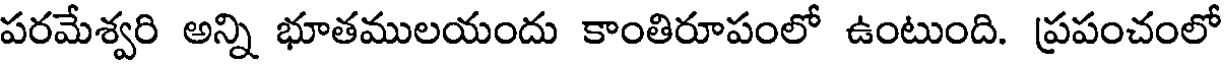
పరమేశ్వరి అన్ని భూతములయందు కాంతిరూపంలో ఉంటుంది. ప్రపంచంలో